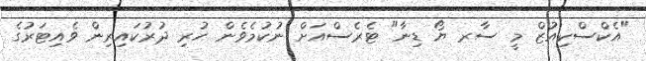
"އެކްސްކިއުޒް މީ ސާރ ޔޯ ޑިނާ" ޓެރެސްއަށް ނުކުމެވެން ހުރި ދުރުކައިރިން ވެއިޓަރުގެ